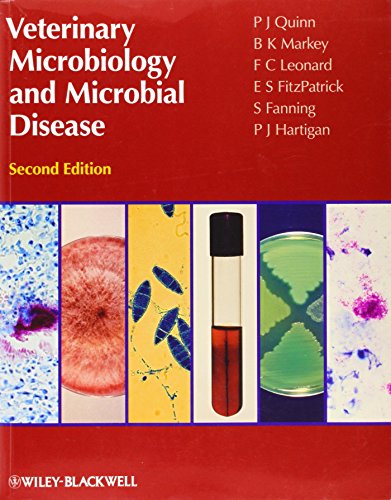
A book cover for Veterinary Microbiology and Microbial Disease; P. J. Quinn; Medical Books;